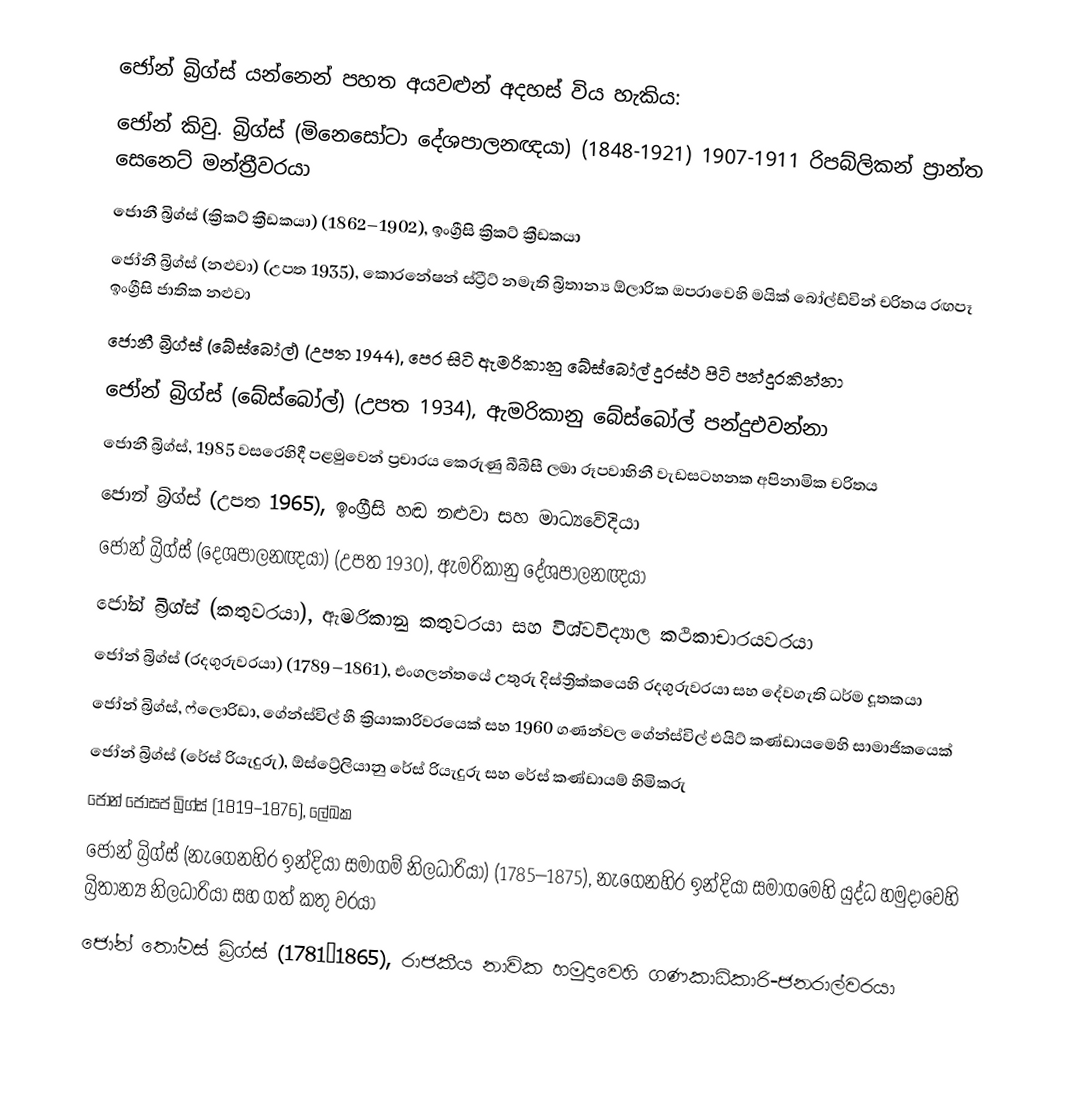
ජෝන් බ්‍රිග්ස් යන්නෙන් පහත අයවළුන් අදහස් විය හැකිය:
 ජෝන් කිවු. බ්‍රිග්ස් (මිනෙසෝටා දේශපාලනඥයා) (1848-1921) 1907-1911 රිපබ්ලිකන් ප්‍රාන්ත සෙනෙට් මන්ත්‍රීවරයා
ජොනී බ්‍රිග්ස් (ක්‍රිකට් ක්‍රීඩකයා) (1862–1902), ඉංග්‍රීසි ක්‍රිකට් ක්‍රීඩකයා
ජෝනී බ්‍රිග්ස් (නළුවා) (උපත 1935), කොරනේෂන් ස්ට්‍රීට් නමැති බ්‍රිතාන්‍ය ඕලාරික ඔපරාවෙහි මයික් බෝල්ඩ්වින් චරිතය රඟපෑ ඉංග්‍රීසි ජාතික නළුවා
ජොනී බ්‍රිග්ස් (බේස්බෝල්) (උපත 1944), පෙර සිටි ඇමරිකානු  බේස්බෝල් දුරස්ථ පිටි පන්දුරකින්නා
ජෝන් බ්‍රිග්ස් (බේස්බෝල්) (උපත 1934), ඇමරිකානු බේස්බෝල් පන්දුඑවන්නා
ජොනී බ්‍රිග්ස්, 1985 වසරෙහිදී පළමුවෙන් ප්‍රචාරය කෙරුණු බීබීසී ලමා රූපවාහිනී වැඩසටහනක අපිනාමික චරිතය
ජොන් බ්‍රිග්ස් (උපත 1965), ඉංග්‍රීසි හඬ නළුවා සහ මාධ්‍යවේදියා
ජෝන් බ්‍රිග්ස් (දෙශපාලනඥයා) (උපත 1930), ඇමරිකානු දේශපාලනඥයා
ජෝන් බ්‍රිග්ස් (කතුවරයා), ඇමරිකානු කතුවරයා සහ විශ්වවිද්‍යාල කථිකාචාරයවරයා
ජෝන් බ්‍රිග්ස් (රදගුරුවරයා) (1789–1861), එංගලන්තයේ උතුරු දිස්ත්‍රික්කයෙහි රදගුරුවරයා සහ දේවගැති ධර්ම දූතකයා
ජෝන් බ්‍රිග්ස්, ෆ්ලොරිඩා, ගේන්ස්විල් හී ක්‍රියාකාරිවරයෙක්  සහ 1960 ගණන්වල ගේන්ස්විල් එයිට් කණ්ඩායමෙහි සාමාජිකයෙක්
ජෝන් බ්‍රිග්ස් (රේස් රියැදුරු), ඕස්ට්‍රේලියානු රේස් රියැදුරු සහ රේස් කණ්ඩායම් හිමිකරු
ජෝන් ජෝසප් බ්‍රිග්ස් (1819–1876), ලේඛක
ජෝන් බ්‍රිග්ස් (නැගෙනහිර ඉන්දියා සමාගම් නිලධාරියා) (1785–1875), නැගෙනහිර ඉන්දියා සමාගමෙහි යුද්ධ හමුදාවෙහි බ්‍රිතාන්‍ය නිලධාරියා සහ ගත් කතු වරයා
ජෝන් තෝමස් බ්‍රිග්ස් (1781–1865), රාජකීය නාවික හමුදාවෙහි ගණකාධිකාරි-ජනරාල්වරයා